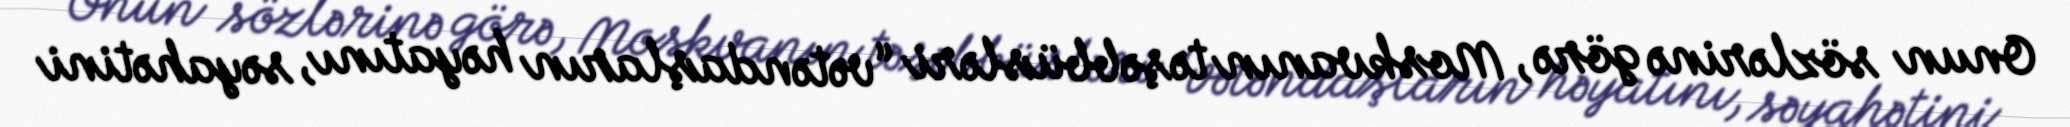
Onun sözlərinə görə, Moskvanın təşəbbüsləri “vətəndaşların həyatını, səyahətini